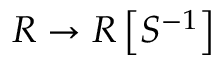
R \to R \left[ S ^ { - 1 } \right]